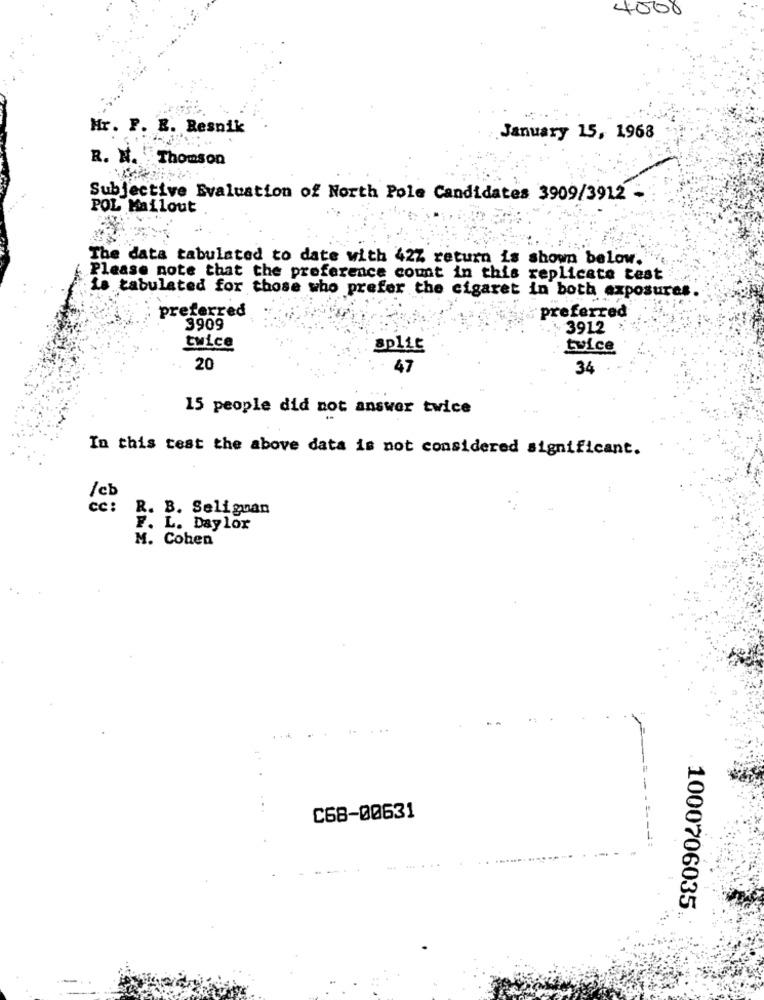
4000
Mr. F. E. Resnik
January 15, 1968
R. N. Thomson
Subjective Evaluation of North Pole Candidates 3909/3912
POL Mailout
The data tabulated to date with 42% return is shown below.
Please note that the preference count in this replicate test
is tabulated for those who prefer the cigaret in both exposures
preferred
preferred
3909
3912
twice
split
twice
20
47
34
15 people did not answer twice
In this test the above data is not considered significant.
/cb
cc :
R. B. Selignan
F. L. Daylor
M. Coben
.. ..
C68-00631
1000706035